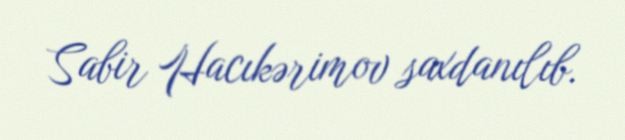
Sabir Hacıkərimov saxdanılıb.